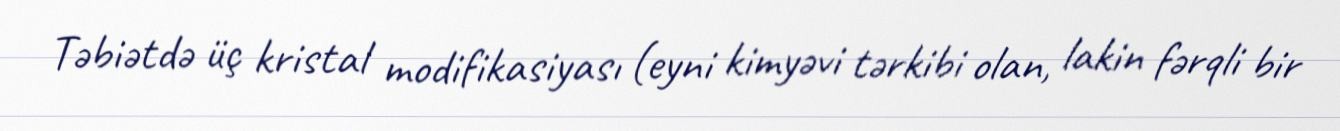
Təbiətdə üç kristal modifikasiyası (eyni kimyəvi tərkibi olan, lakin fərqli bir